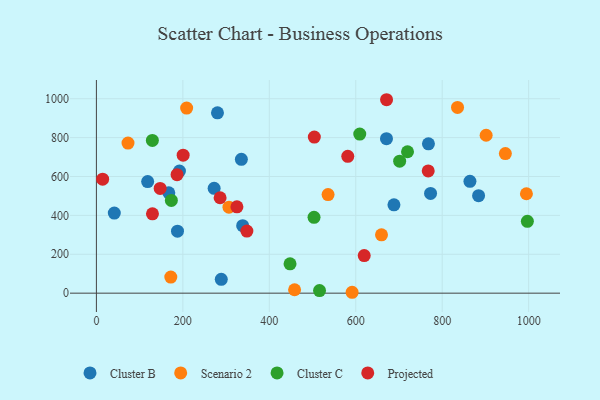
{"axis": {"x": "Price", "y": "Fuel Efficiency"}, "legend": ["Cluster B", "Cluster C", "Projected", "Scenario 2"], "data": [{"x": "280.1", "y": 927.3, "type": "Cluster B"}, {"x": "187.6", "y": 318.6, "type": "Cluster B"}, {"x": "335.4", "y": 688.5, "type": "Cluster B"}, {"x": "288.9", "y": 71.2, "type": "Cluster B"}, {"x": "272.4", "y": 539.4, "type": "Cluster B"}, {"x": "118.6", "y": 573.8, "type": "Cluster B"}, {"x": "41.4", "y": 412.1, "type": "Cluster B"}, {"x": "773.1", "y": 513.2, "type": "Cluster B"}, {"x": "338.4", "y": 347.0, "type": "Cluster B"}, {"x": "884.2", "y": 501.3, "type": "Cluster B"}, {"x": "167.5", "y": 516.5, "type": "Cluster B"}, {"x": "864.2", "y": 575.3, "type": "Cluster B"}, {"x": "768.2", "y": 768.2, "type": "Cluster B"}, {"x": "192.1", "y": 627.9, "type": "Cluster B"}, {"x": "688.4", "y": 454.6, "type": "Cluster B"}, {"x": "671.1", "y": 794.7, "type": "Cluster B"}, {"x": "946.2", "y": 717.9, "type": "Scenario 2"}, {"x": "536.0", "y": 507.3, "type": "Scenario 2"}, {"x": "73.1", "y": 772.0, "type": "Scenario 2"}, {"x": "994.9", "y": 511.3, "type": "Scenario 2"}, {"x": "659.6", "y": 300.3, "type": "Scenario 2"}, {"x": "208.8", "y": 952.1, "type": "Scenario 2"}, {"x": "458.5", "y": 17.7, "type": "Scenario 2"}, {"x": "901.7", "y": 812.2, "type": "Scenario 2"}, {"x": "306.7", "y": 442.1, "type": "Scenario 2"}, {"x": "835.5", "y": 955.3, "type": "Scenario 2"}, {"x": "591.6", "y": 4.6, "type": "Scenario 2"}, {"x": "172.1", "y": 82.6, "type": "Scenario 2"}, {"x": "129.5", "y": 785.7, "type": "Cluster C"}, {"x": "516.2", "y": 13.2, "type": "Cluster C"}, {"x": "503.5", "y": 390.0, "type": "Cluster C"}, {"x": "609.3", "y": 818.2, "type": "Cluster C"}, {"x": "719.8", "y": 727.4, "type": "Cluster C"}, {"x": "997.1", "y": 369.5, "type": "Cluster C"}, {"x": "448.0", "y": 151.0, "type": "Cluster C"}, {"x": "173.4", "y": 477.0, "type": "Cluster C"}, {"x": "701.6", "y": 678.9, "type": "Cluster C"}, {"x": "14.4", "y": 586.3, "type": "Projected"}, {"x": "504.2", "y": 803.0, "type": "Projected"}, {"x": "348.1", "y": 319.1, "type": "Projected"}, {"x": "286.2", "y": 490.8, "type": "Projected"}, {"x": "767.7", "y": 628.6, "type": "Projected"}, {"x": "200.7", "y": 709.6, "type": "Projected"}, {"x": "129.7", "y": 408.0, "type": "Projected"}, {"x": "619.6", "y": 193.4, "type": "Projected"}, {"x": "186.6", "y": 609.4, "type": "Projected"}, {"x": "147.5", "y": 538.8, "type": "Projected"}, {"x": "671.3", "y": 994.9, "type": "Projected"}, {"x": "325.1", "y": 444.0, "type": "Projected"}, {"x": "581.6", "y": 704.0, "type": "Projected"}]}